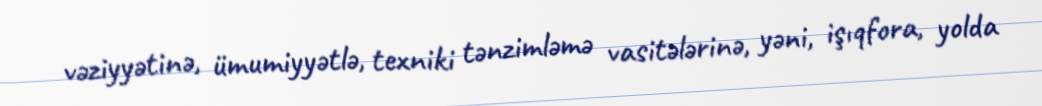
vəziyyətinə, ümumiyyətlə, texniki tənzimləmə vasitələrinə, yəni, işıqfora, yolda